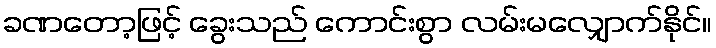
ခဏတော့ဖြင့် ခွေးသည် ကောင်းစွာ လမ်းမလျှောက်နိုင်။